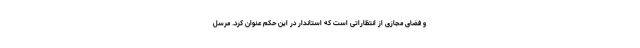
و فضای مجازی از انتظاراتی است که استاندار در این حکم عنوان کرد. مرسل